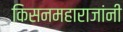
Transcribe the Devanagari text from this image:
किसनमहाराजांनी